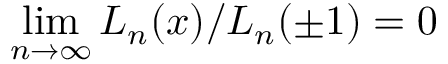
\operatorname* { l i m } _ { n \rightarrow \infty } { \cal L } _ { n } ( x ) / { \cal L } _ { n } ( \pm 1 ) = 0